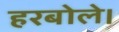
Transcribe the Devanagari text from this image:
हरबोले।